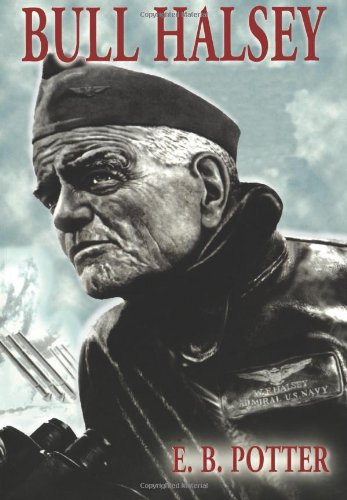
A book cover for Bull Halsey; E. B. Potter; History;